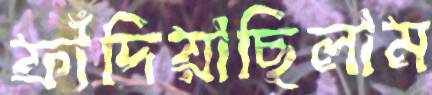
ফাঁদিয়াছিলাম